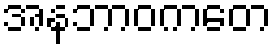
အနဘာဝကတေ